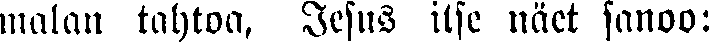
malan tahtoa, Jesus itse näet sanoo: